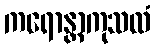
ကရောန္တာကုသလံ